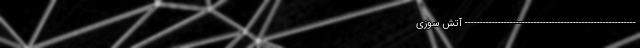
--------------------------------------------------------- آتش سوزی